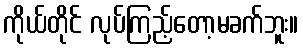
ကိုယ်တိုင် လုပ်ကြည့်တော့မခက်ဘူး။